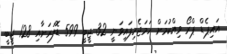
އައިޕެޑް ޕްރޯ ވިއްކުމަށް ހަމަޖެހިފައިވަނީ 32 ޖީބީ 599 ޑޮލަރަށާއި 128 ޖީބީ